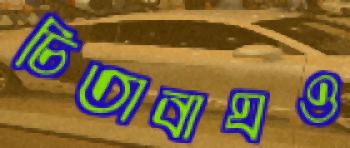
চিতাবাঘও